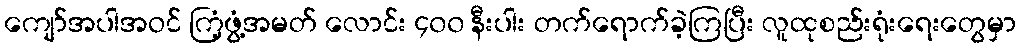
ကျော်အပါအဝင် ကြံ့ဖွံ့အမတ် လောင်း ၄၀၀ နီးပါး တက်ရောက်ခဲ့ကြပြီး လူထုစည်းရုံးရေးတွေမှာ